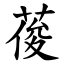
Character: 葰